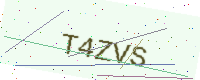
Text: T4ZVS